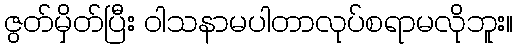
ဇွတ်မှိတ်ပြီး ဝါသနာမပါတာလုပ်စရာမလိုဘူး။